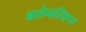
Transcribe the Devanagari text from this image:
बलेनसिएज